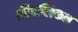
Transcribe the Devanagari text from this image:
।रिपब्लिकन